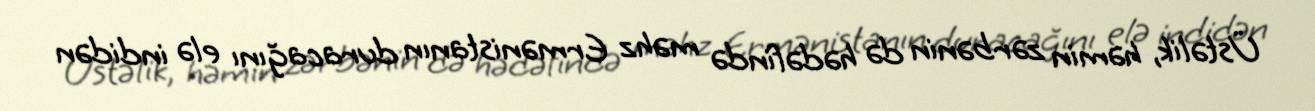
Üstəlik, həmin zərbənin də hədəfində məhz Ermənistanın duracağını elə indidən